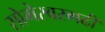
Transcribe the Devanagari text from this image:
सोमेस्वरगढी